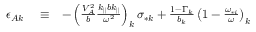
\begin{array} { r l r } { \epsilon _ { A k } } & { { } \equiv } & { - \left( \frac { V _ { A } ^ { 2 } } { b } \frac { k _ { \parallel } b k _ { \parallel } } { \omega ^ { 2 } } \right) _ { k } \sigma _ { * k } + \frac { 1 - \Gamma _ { k } } { b _ { k } } \left( 1 - \frac { \omega _ { * i } } { \omega } \right) _ { k } } \end{array}